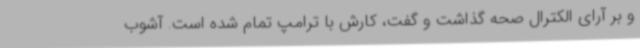
و بر آرای الکترال صحه گذاشت و گفت، کارش با ترامپ تمام شده است. آشوب